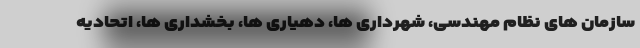
سازمان های نظام مهندسی، شهرداری ها، دهیاری ها، بخشداری ها، اتحادیه